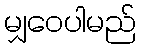
မျှဝေပါမည်